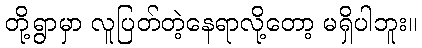
တို့ရွာမှာ လူပြတ်တဲ့နေရာလို့တော့ မရှိပါဘူး။